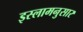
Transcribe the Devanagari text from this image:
इस्लामनुसार